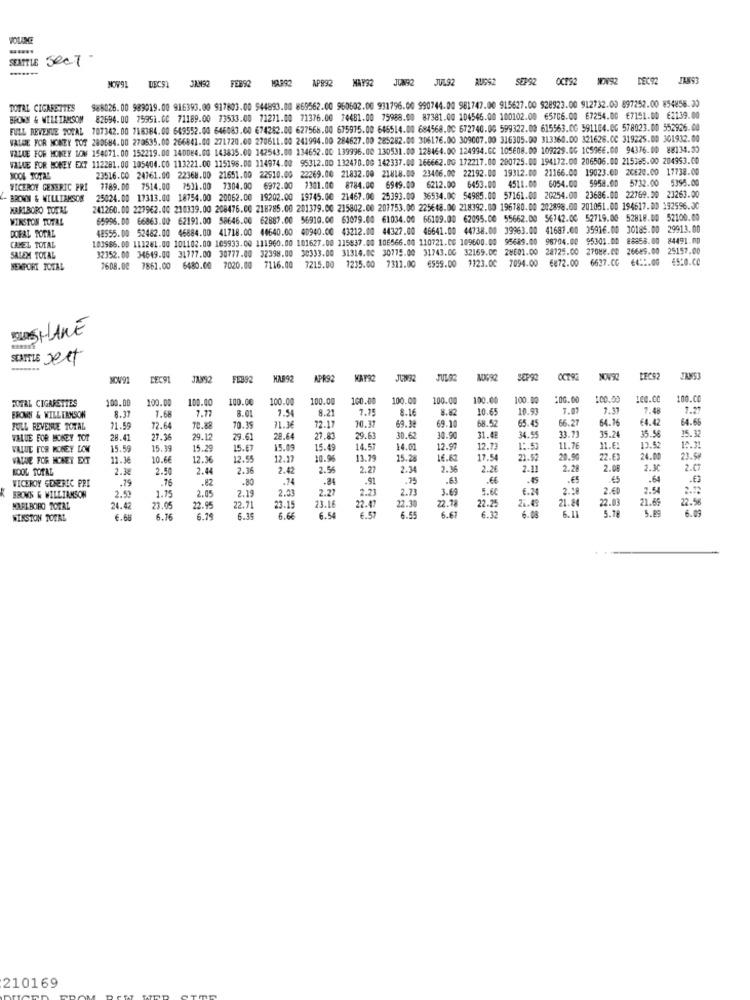
VOLAME
SEATTLE SeCT
JAM92
FEB92
MAR92
APP92
MAY92
JUN92 JUL92
AU992 SEP92 0CF92 WOW92 DEC92 JAN93
988026. 00 989019.00 916393.00 917803.00 $44893.00 869562.00 960602.00 931796.00 990744.00 981747.00 915627.00 928923.00 912732.00 897252.00 854858.30
TOTAL CIGARETTES
BROWN & WILLIAMSON
82694.00 75951.00 71189.00 73533.00 71271.00 71376.00 74481.00 75988.00 87381.00 104546.00 100102.00 65706.00 67254.00 €7151.00 62139.00
FULL REVENUE TOTAL 707342. 00 718384.00 649552.00 646083.00 674282.00 627568.00 675915.00 646514.00 684568.00 672740.00 599322.00 615563.00 591104.00 578023.00 552926.00
VALUE FOR MONEY TOT 280684.00 270635.00 266841.00 271720.00 270611.00 241994.00 284627.00 285282.00 306176.00 309007.00 316305.00 313360.00 321626.0C 319225.00 301932.00
VALUE FOR MONEY LOW 154071.00 152219.00 140084.00 143835.00 142543.00 134652.00 139996.00 130531.00 128464.00 124994.GC 105608.00 109229.0G 105966.00 94376.00 88134.30
VALUE FOR MONEY EXT 112281.00 105404.CO.113221.00 115196.00 114974.00 95312.00 132470.00 142337.00 166662.00 172217.00 200725.00 194172.00 206506.00 215385.00 204993.00
23516.CO 24761.00 22368.00 21651.00 22910.00 22269.00 21832.00 21818.00 23406.00 22192.00 19312.00 21166.00 19023.00 20620.00 17738.00
VICEROY GENERIC PRI
7789.00 7514.00 7531.00 7304.00 6972.00 7301.00 8784.00 6949.00 6212.00 6453.00 4511.00 6054.00 5958.00 5732.00 5398.00
BROWN & WILLIAMSOR
25024.00 17313.00 18754.00 20062.00 19202.00 19745.00 21467.00 25393.00 36534.00 54985.00 57161.00 20254.00 23686.00 22769.20 23263.00
MARLBORO TOTAL
241260.00 227962.00 210339.00 208476.00 218785.00 201379.00 215802.00 207753.00 225€48.00 218392.00 196780.00 202898.00 201051.00 194617.00 192596.00
WINSTON TOTAL
65996.00 66863.00 62191.00 58646.00 62887.00 56910.00 63079.00 61034.00 66109.00 62095.00 55662.00 $6742.00 52719.00 52818.00 52100.00
48555.00 52482.00 46884.00 41718.00 40640.00 00940.00 43212.00 44327.00 46641.00 44738.00 39963.00 41681.00 35916.00 30185.00 29913.00
DOFAL TOTAL
103965. 00 111281.00 101102.00 105933.00 111960.00 101627.00 115837.00 106566.00 110721.00 109600.00 95689.00 96704.00 95301.00 88858.00 84491.00
CAMEL TOTAL
32352.00 34649.00 31777.00 30777.00 32398.00 30333.00 31314.00 30775.00 31743.00 32169.00 28601.00 28725.00 27088.00 26649.00 25157.00
SALEM TOTAL
7608.00 7861.00 6480.00 7020.00 7116.00 7215.00 1235.00 7311.00 6559.00 1123.00
7094.00
€872.00
6637.CG €4:2.00 65:0.00
NEXPORT TOTAL
SEATTLE sett
MCV91
LECOL
FEB92
HAB92
APR92
WAT32
JUL.02
NO692
OCT92
NOW92
LECS2
FOTAL CIGARETTES
100.00
100.00
108.00
100.00
100.00
100.00
160.00
100.00
100.00
100.00
100.00
:00.00
100.00
100.00
100.CC
8.37
1.68
7.77
8.01
1.54
8.21
7.15
8.16
8.82
10.65
0.93
7.07
1.37
7.48
1.21
ERCAN & WILLIAMSON
69.3
69.10
68.52
5.45
66.27
64.16
€4.42
64.66
FULL REVENUE TOTAL
21.59
72.64
70.88
70.39
11. 3
72.17
10.37
35.24
35.56
35.32
VALUE FOR MONEY TOT
28.41
27.36
29.12
9.61
28.64
27.8.
29.63
30.62
30.90
31.48
4.55
33.71
VALUE FOR MONEY LOW
15.59
15.39
15.29
15.67
15.09
15.49
14.57
14.01
12.97
12.73
1: 53
11.76
31.6
13.52
12.31
VALUE FOR MONEY EXT
11.36
10.6€
12.36
12.55
12.17
10.96
13.79
15.28
16.62
17.54
23.52
20.90
22.6
24.00
NOOL TOTAL
2.3
2.50
2.44
2.36
2.42
2.56
2.27
2.34
2.36
2.26
2.11
2.28
2.08
2.30
2.0
VICEROY GENERIC PRI
.79
.76
.82
.80
.74
.84
.91
.75
.63
.45
.64
2.05
2.19
2.03
2.27
2.23
2.7
3.69
5.60
€.24
2.28
2.60
2.54
K BROWS & WILLIAMSON
2.53
1.75
23.16
22.47
22.30
22.78
24.49
21.24
22.03
21.65
22.56
MARLBORO TORAL
24.42
23.05
22.95
22.71
23.15
22.25
6.08
6.11
5.89
6.09
WINSTON TOERL
6.68
6.16
6.79
6.35
6.66
6.54
6.57
6.55
6.67
6.32
5.78
210169